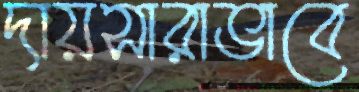
দায়সারাভাবে